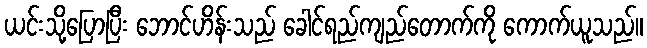
ယင်းသို့ပြောပြီး ဘောင်ဟိန်းသည် ခေါင်ရည်ကျည်တောက်ကို ကောက်ယူသည်။